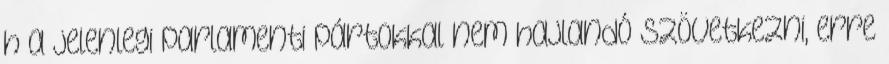
h a jelenlegi parlamenti pártokkal nem hajlandó szövetkezni, erre